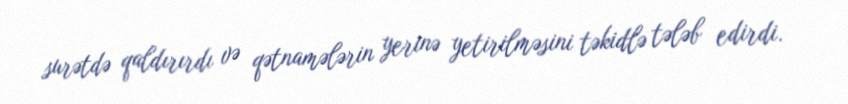
surətdə qaldırırdı və qətnamələrin yerinə yetirilməsini təkidlə tələb edirdi.